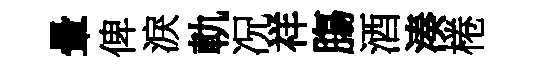
暈俾淚軌况祥膓酒湊棬